Papers set at the Examination for Leaving Certificates, 1893
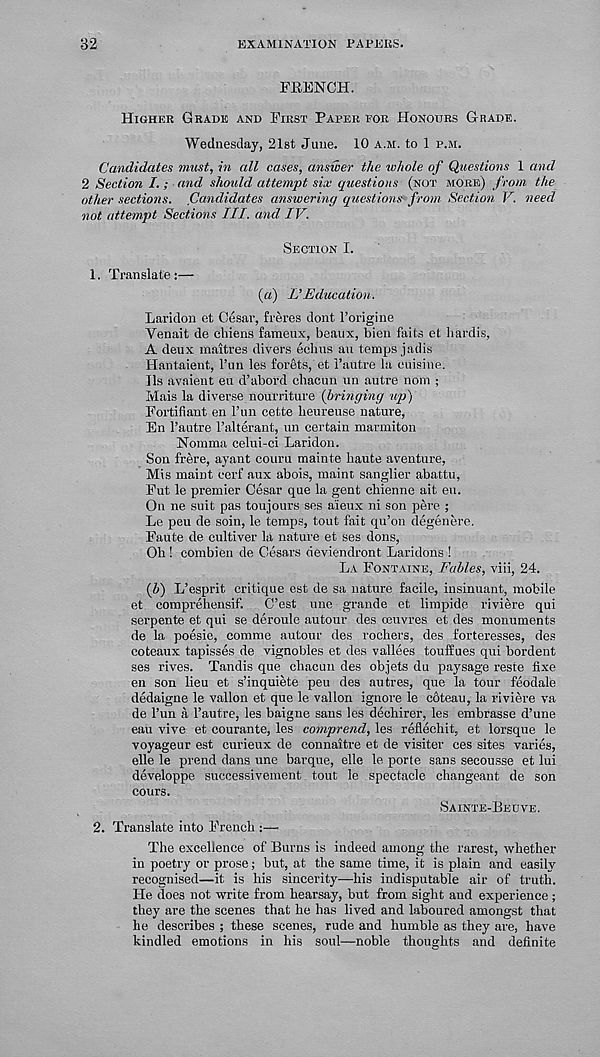
32
EXAMINATION PAPERS.
FRENCH.
Higher Grade and First Paper for Honours Grade.
Wednesday, 21st June. 10 a.m. to 1 p.m.
Candidates must, in all cases, answer the whole of Questions 1 and
2 Section I.; and should attempt six questions (not more) from the
other sections. Candidates answering questions from Section V. need
not attempt Sections III. and IV.
Section I.
1. Translate:—
(a) I'Education.
Laridon et Cesar, freres dont I’origine
Yenait de chiens fameux, beaux, bien fails et, hardis,
A deux maitres divers echus an temps jadis
Hantaient, 1’un les forets, et 1’autre la cuisine.
Ils avaient eu d’abord chacun un autre nom ;
Mais la diverse nourriture {bringing up)
Fortifiant en Fun cette heureuse nature,
En I’autre 1’alterant, un certain marmiton
Nomma celui-ci Laridon.
Son frere, ayant couru mainte haute aventure,
Mis maint cerf aux abois, maint sanglier abattu,
Fut le premier Cesar que la gent chienne ait eu.
On ne suit pas toujours ses a'ieux ni son pere ;
Le peu de soin, le temps, tout fait qu’on degenere.
Faute de eultiver la nature et ses dons,
Oh ! combien de Cesars deviendront Laridons !
La Fontaine, Fables, viii, 24.
{b) L’esprit critique est de sa nature facile, insinuant, mobile
et comprehensif. C’est une grande et limpide riviere qui
serpente et qui se deroule autour des oeuvres et des monuments
de la poesie, comme autour des rochers, des forteresses, des
coteaux tapisses de vignobles et des vallees touffues qui bordent
ses rives. Tandis que chacun des objets du paysage reste fixe
en son lieu et s’inquiete peu des autres, que la tour feodale
dedaigne le vallon et que le vallon ignore le coteau, la riviere va
de Fun a I’autre, les baigne sans les dechirer, les embrasse d’une
eau vive et courante, les comprend, les reflechit, et lorsque le
voyageur est curieux de connaitre et de visiter ces sites varies,
elle le prend dans une barque, elle le porte sans secousse et lui
developpe successivement tout le spectacle changeant de son
cours.
Sainte-Beuve.
2. Translate into French :—•
The excellence of Burns is indeed among the rarest, whether
in poetry or prose; but, at the same time, it is plain and easily
recognised—it is his sincerity.—his indisputable air of truth.
He does not write from hearsay, but from sight and experience ;
they are the scenes that he has lived and laboured amongst that
he describes ; these scenes, rude and humble as they are, have
kindled emotions in his soul—noble thoughts and definite